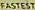
FASTEST